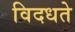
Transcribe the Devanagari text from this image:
विदधते